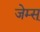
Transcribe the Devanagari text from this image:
जेम्स्